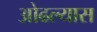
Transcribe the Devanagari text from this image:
ओढल्यास